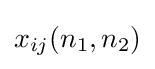
x_{ij}(n_{1},n_{2})